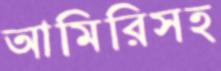
আমিরিসহ